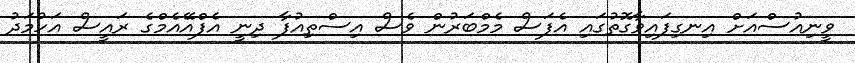
ވީނިއުސްއަށް އިނގިފައިވާގޮތުގައި އެފަސް މެމްބަރުން ވެސް އިސްތިއުފާ ދިނީ އެފްއޭއެމްގެ ރައީސް އަހުމަދު